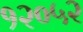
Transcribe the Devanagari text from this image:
१२०५२